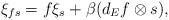
LaTeX: \begin{align*}\xi_{fs}=f\xi_s+\beta(d_Ef\otimes s),\end{align*}